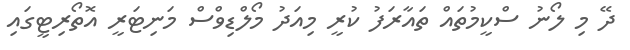
ދޭ މި ލޯނު ސްކީމުތައް ތައާރަފު ކުރީ މިއަދު މޯލްޑިވްސް މަނިޓަރީ އޮތޯރިޓީގައި